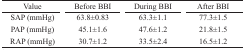
| Value | Before BBI | During BBI | After BBI |
 | --- | --- | --- | --- |
 | SAP (mmHg) | 63.8±0.83 | 63.3±1.1 | 77.3±1.5 |
 | PAP (mmHg) | 45.1±1.6 | 47.6±1.2 | 21.8±1.5 |
 | RAP (mmHg) | 30.7±1.2 | 33.5±2.4 | 16.5±1.2 |